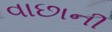
વાછાની